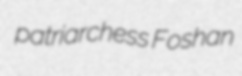
patriarchess Foshan